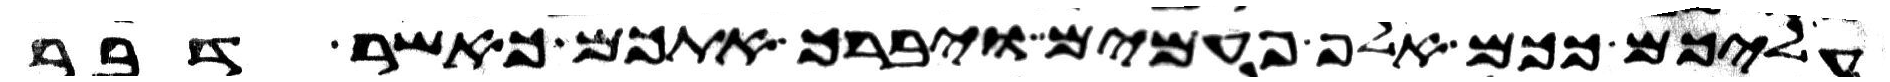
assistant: עליכם ככם אלף פעמים ויברך אתכם כאשר דבר